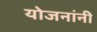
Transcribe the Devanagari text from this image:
योजनांनी